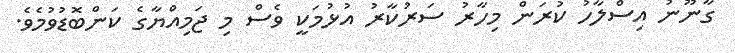
ގާނޫނު އިސްލާހު ކުރަން މިހާރު ސަރުކާރު އުޅުމަކީ ވެސް މި ޖަމިއްޔާގެ ކަންބޮޑުވުމެވެ.